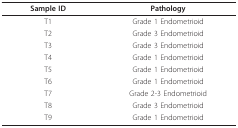
<table><thead><tr><td><b>Sample ID</b></td><td><b>Pathology</b></td></tr></thead><tbody><tr><td>T1</td><td>Grade 1 Endometrioid</td></tr><tr><td>T2</td><td>Grade 3 Endometrioid</td></tr><tr><td>T3</td><td>Grade 3 Endometrioid</td></tr><tr><td>T4</td><td>Grade 1 Endometrioid</td></tr><tr><td>T5</td><td>Grade 1 Endometrioid</td></tr><tr><td>T6</td><td>Grade 1 Endometrioid</td></tr><tr><td>T7</td><td>Grade 2-3 Endometrioid</td></tr><tr><td>T8</td><td>Grade 3 Endometrioid</td></tr><tr><td>T9</td><td>Grade 1 Endometrioid</td></tr></tbody></table>